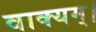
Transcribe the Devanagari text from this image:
वाक्यम्।